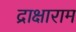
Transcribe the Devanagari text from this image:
द्राक्षाराम